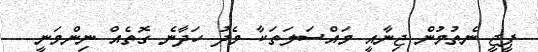
ޕީޖީ ނެތުމުން ޖިނާއީ މައްސަލަތަކާ މެދު ހަދާނެ ގޮތެއް ނިންމަނީ